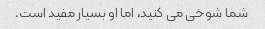
شما شوخی می کنید، اما او بسیار مفید است.